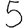
Digit: 5